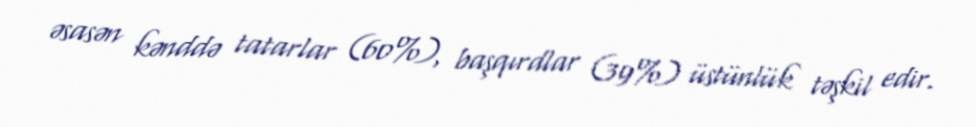
əsasən kənddə tatarlar (60%), başqırdlar (39%) üstünlük təşkil edir.